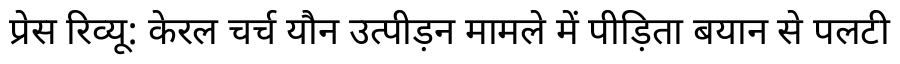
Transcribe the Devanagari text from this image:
प्रेस रिव्यू: केरल चर्च यौन उत्पीड़न मामले में पीड़िता बयान से पलटी